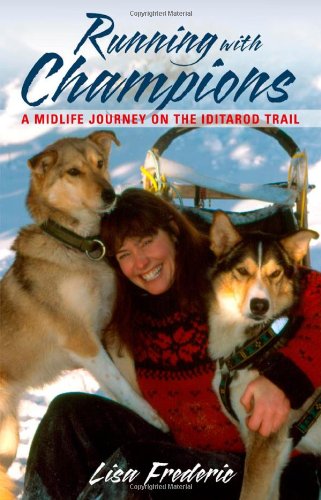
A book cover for Running With Champions: A Midlife Journey on the Iditarod Trail; Lisa Frederic; Sports & Outdoors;